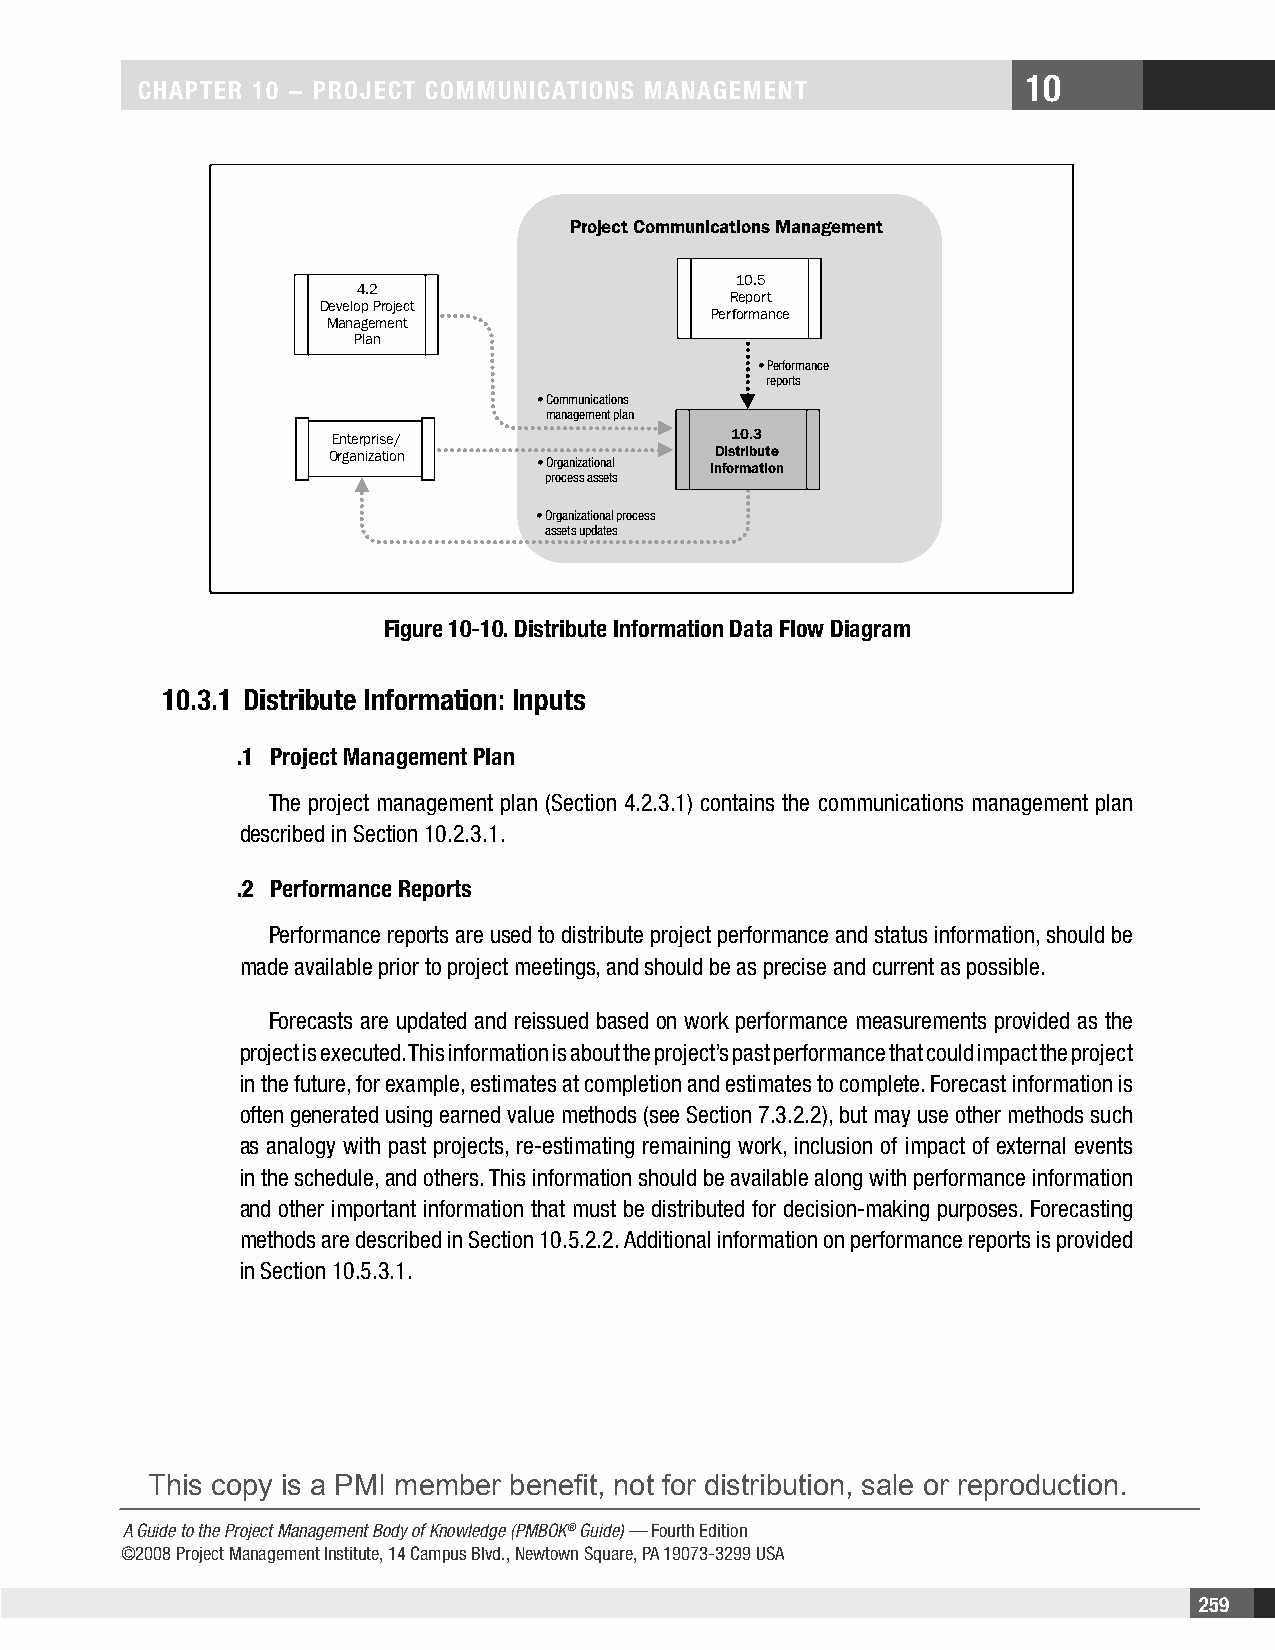
10
 CHAPTER 10 − PROjECT COMMunICATIOnS MAnAgEMEnT
 Project Communications Management
 10.5
 4.2
 Report
 Develop Project
 Performance
 Management
 Plan
 • Performance
 reports
 • Communications
 management plan
 Enterprise/                10.3
 Organization             Distribute
 • Organizational Information
 process assets
 • Organizational process
 assets updates
 Figure 10-10. Distribute Information Data Flow Diagram
 10.3.1 Distribute Information: Inputs
 .1 Project Management Plan
 The project management plan (Section 4.2.3.1) contains the communications management plan
 described in Section 10.2.3.1.
 .2 Performance Reports
 Performance reports are used to distribute project performance and status information, should be
 made available prior to project meetings, and should be as precise and current as possible.
 Forecasts are updated and reissued based on work performance measurements provided as the
 project is executed. This information is about the project’s past performance that could impact the project
 in the future, for example, estimates at completion and estimates to complete. Forecast information is
 often generated using earned value methods (see Section 7.3.2.2), but may use other methods such
 as analogy with past projects, re-estimating remaining work, inclusion of impact of external events
 in the schedule, and others. This information should be available along with performance information
 and other important information that must be distributed for decision-making purposes. Forecasting
 methods are described in Section 10.5.2.2. Additional information on performance reports is provided
 in Section 10.5.3.1.
 This copy is a PMI member benefit, not for distribution, sale or reproduction.
 A Guide to the Project Management Body of Knowledge (PMBOK® Guide) — Fourth Edition
 ©2008 Project Management Institute, 14 Campus Blvd., Newtown Square, PA 19073-3299 USA
 259